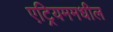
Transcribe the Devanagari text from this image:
एट्रियममधील